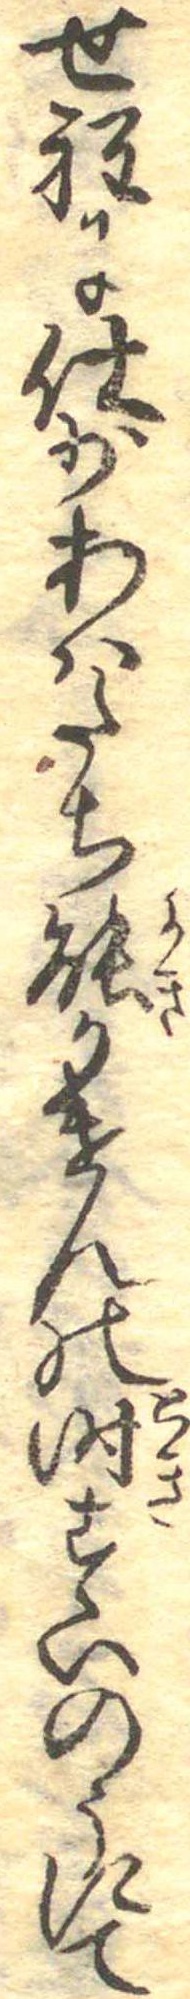
せ程に仕少あはたち能かけんの時すいのうにて